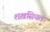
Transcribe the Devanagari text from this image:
शख़सियत